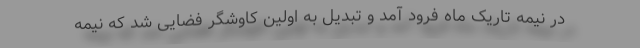
در نیمه تاریک ماه فرود آمد و تبدیل به اولین کاوشگر فضایی شد که نیمه